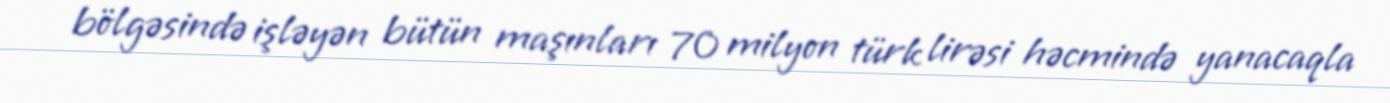
bölgəsində işləyən bütün maşınları 70 milyon türk lirəsi həcmində yanacaqla